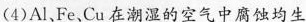
(4)Al Fe、Cu在潮湿的空气中腐蚀均生